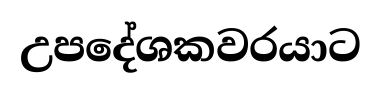
උපදේශකවරයාට